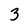
Character: 3